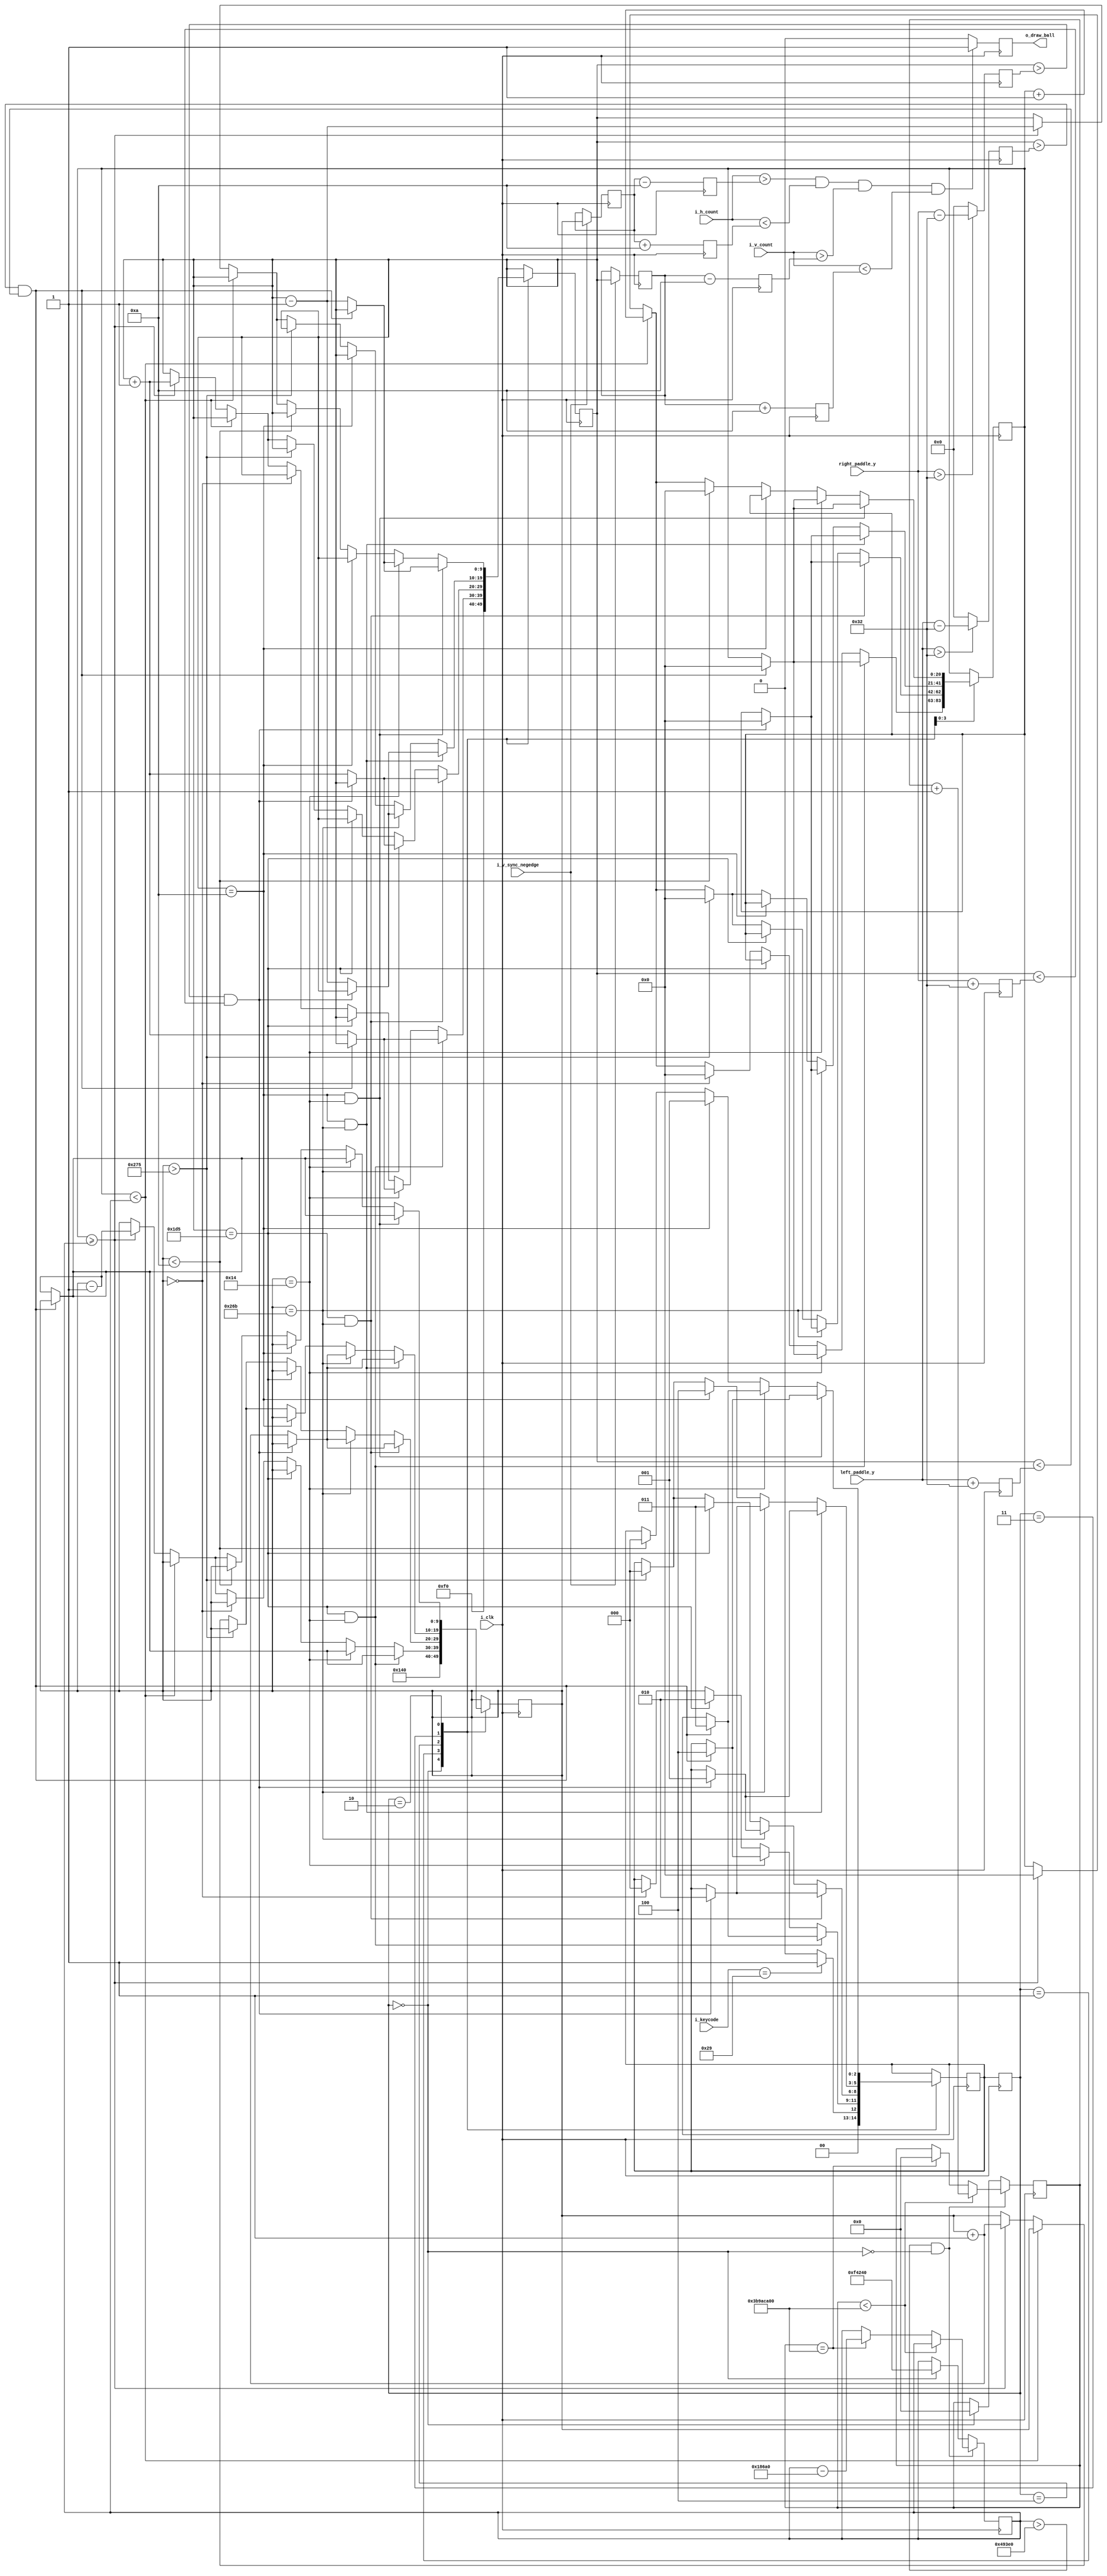
`timescale 1ns / 1ps
//////////////////////////////////////////////////////////////////////////////////
// Company: 
// Engineer: 
// 
// Design Name: 
// Module Name: generate_ball
// Project Name: 
// Target Devices: 
// Tool Versions: 
// Description: 
// 
// Dependencies: 
// 
// Revision:
// Revision 0.01 - File Created
// Additional Comments:
// 
//////////////////////////////////////////////////////////////////////////////////


module generate_ball (
	input i_clk,
	input [15:0] i_keycode,
	input i_v_sync_negedge,
	input [9:0] i_v_count,
	input [9:0] i_h_count,
	input [9:0] right_paddle_y,
	input [9:0] left_paddle_y,
	output reg o_draw_ball
);
	
	parameter BALL_RADIUS = 10;
	parameter NOT_MOVING = 3'b000;
	parameter DOWN_LEFT= 3'b001;
	parameter UP_LEFT = 3'b010;
	parameter UP_RIGHT = 3'b011;
	parameter DOWN_RIGHT = 3'b100;
	parameter START_MOVING = 8'h29;
	parameter X_START = 320;
	parameter Y_START = 240;
	parameter SCREEN_HEIGHT = 479;
	parameter SCREEN_WIDTH = 639;
	parameter BALL_SPEED = 1000000;
	parameter TOP_BOUND = BALL_RADIUS;
	parameter BOTTOM_BOUND = SCREEN_HEIGHT - BALL_RADIUS;
	parameter RIGHT_BOUND = SCREEN_WIDTH - BALL_RADIUS;
	parameter LEFT_BOUND = BALL_RADIUS;
	
	
	reg [2:0] r_current_state = NOT_MOVING, r_next_state = NOT_MOVING;	
	reg [20:0] r_movement_counter = 0;
	reg [9:0] r_intermediate_x = X_START, r_intermediate_y = Y_START, r_ball_x = X_START, r_ball_y = Y_START;
	reg [9:0] r_ball_top = Y_START - BALL_RADIUS, r_ball_bottom = Y_START + BALL_RADIUS, r_ball_left = X_START - BALL_RADIUS, r_ball_right = X_START + BALL_RADIUS;
	reg [9:0] right_paddle_top, right_paddle_bottom, left_paddle_bottom, left_paddle_top;
	reg [29:0] r_ball_speed_counter = 0;
	reg [20:0] r_ball_speed = BALL_SPEED;

	//next state logic
	always @(posedge i_clk)
	begin
		r_current_state <= r_next_state;
		if (right_paddle_y > 50)
		    right_paddle_top <= right_paddle_y - 50;
        else
            right_paddle_top <= 0;  
            
		if (left_paddle_y > 50)
		    left_paddle_top <= left_paddle_y - 50;
        else
            left_paddle_top <= 0;
            
        right_paddle_bottom <= right_paddle_y + 50;
		left_paddle_bottom <= left_paddle_y + 50;
	end
	
	
	always @(posedge i_clk)
	begin
	   if (r_ball_speed > 300000 && ~(r_current_state == NOT_MOVING))
	   begin
	       if (r_ball_speed_counter < 1000000000)
	           r_ball_speed_counter <= r_ball_speed_counter + 1;
	       else if (r_ball_speed_counter == 1000000000)
	       begin
	           r_ball_speed_counter <= 0;
	           r_ball_speed <= r_ball_speed - 100000;
	       end
	       else
	           r_ball_speed <= r_ball_speed;
       end
       else if (r_current_state == NOT_MOVING)
       begin
           r_ball_speed <= BALL_SPEED;
           r_ball_speed_counter <= 0;
       end
       else
        r_ball_speed <= r_ball_speed;
           
	        
	end

	//next state logic
	
	//Next step: finish the edge detection for state logic and define the rest of the states
	//write the output logic for draw ball. See generate paddle logic for example.

	always @(posedge i_clk)
	begin
		case(r_current_state)
		
		NOT_MOVING:
        begin
            r_intermediate_x <= X_START;
            r_intermediate_y <= Y_START;
            if (i_keycode == START_MOVING)
                r_next_state <= DOWN_LEFT;
            else
                r_next_state <= NOT_MOVING;
        end
		
		DOWN_LEFT:
		begin
			if (r_intermediate_y == BOTTOM_BOUND && r_intermediate_x == 20)
			begin
                if (r_intermediate_y > left_paddle_top && r_intermediate_y < left_paddle_bottom)
                begin
                    r_next_state <= UP_RIGHT;
                    r_movement_counter <= 0;
				end
                else
                begin
                    r_intermediate_x <= r_intermediate_x - 1;
                    r_intermediate_y <= r_intermediate_y + 1;
                end
            end
				
			else if (r_intermediate_x == 20)
			begin
			    if (r_intermediate_y > left_paddle_top && r_intermediate_y < left_paddle_bottom)
			    begin			
                    r_next_state <= DOWN_RIGHT;
                    r_movement_counter <= 0;
				end
                else
                begin
                    r_intermediate_x <= r_intermediate_x - 1;
                    r_intermediate_y <= r_intermediate_y + 1;
                end
            end
			else if (r_intermediate_y == BOTTOM_BOUND)
				r_next_state <= UP_LEFT;
            else if (r_intermediate_x == 0)
            begin
                r_next_state <= NOT_MOVING;
                r_movement_counter <= 0;
            end
			else
				begin
				if (r_movement_counter < r_ball_speed)
				    r_movement_counter <= r_movement_counter + 1;
					
				else if (r_movement_counter >= r_ball_speed)
				begin
					r_movement_counter <= 0;
					r_intermediate_x <= r_intermediate_x - 1;
					r_intermediate_y <= r_intermediate_y + 1;
				end
			end
		end
		
		DOWN_RIGHT:
		begin
			if (r_intermediate_y == BOTTOM_BOUND && r_intermediate_x == 619)
            begin
                if (r_intermediate_y > right_paddle_top && r_intermediate_y < right_paddle_bottom)
                begin
                    r_next_state <= UP_LEFT;
                    r_movement_counter <= 0;
                end
                else
                begin
                    r_intermediate_x <= r_intermediate_x + 1;
                    r_intermediate_y <= r_intermediate_y + 1;
                end
            end
			else if (r_intermediate_x == 619)
			begin
                if (r_intermediate_y > right_paddle_top && r_intermediate_y < right_paddle_bottom)
                begin
                    r_next_state <= DOWN_LEFT;
                    r_movement_counter <= 0;
                end
                else
                begin
                    r_intermediate_x <= r_intermediate_x + 1;
                    r_intermediate_y <= r_intermediate_y + 1;
                end
            end
			else if (r_intermediate_y == BOTTOM_BOUND)
				r_next_state <= UP_RIGHT;
				
            else if (r_intermediate_x > 629)
            begin
                r_next_state <= NOT_MOVING;
                r_movement_counter <= 0;
            end
			else
				begin
				if (r_movement_counter < r_ball_speed)
					r_movement_counter <= r_movement_counter + 1;
					
				else if (r_movement_counter >= r_ball_speed)
				begin
					r_movement_counter <= 0;
					r_intermediate_x <= r_intermediate_x + 1;
					r_intermediate_y <= r_intermediate_y + 1;
				end
			end
		end
		
		UP_RIGHT:
		begin
			if (r_intermediate_y == TOP_BOUND && r_intermediate_x == 619)
            begin
                if (r_intermediate_y > right_paddle_top && r_intermediate_y < right_paddle_bottom)
                begin
                    r_next_state <= DOWN_LEFT;
                    r_movement_counter <= 0;
                end
                else
                begin
                    r_intermediate_x <= r_intermediate_x + 1;
                    r_intermediate_y <= r_intermediate_y - 1;
                end
            end
			else if (r_intermediate_x == 619)
			begin
                if (r_intermediate_y > right_paddle_top && r_intermediate_y < right_paddle_bottom)
                begin
                    r_next_state <= UP_LEFT;
                    r_movement_counter <= 0;
                end
                else
                begin
                    r_intermediate_x <= r_intermediate_x + 1;
                    r_intermediate_y <= r_intermediate_y - 1;
                end
            end
			else if (r_intermediate_y == TOP_BOUND)
				r_next_state <= DOWN_RIGHT;
            else if (r_intermediate_x > 629)
            begin
                r_next_state <= NOT_MOVING;
                r_movement_counter <= 0;
            end
			else
				begin
				if (r_movement_counter < r_ball_speed)
					r_movement_counter <= r_movement_counter + 1;
					
				else if (r_movement_counter >= r_ball_speed)
				begin
					r_movement_counter <= 0;
					r_intermediate_x <= r_intermediate_x + 1;
					r_intermediate_y <= r_intermediate_y - 1;
				end
			end
		end
		
		UP_LEFT:
		begin 
			if (r_intermediate_y == TOP_BOUND && r_intermediate_x == 20)
            begin
                if (r_intermediate_y > left_paddle_top && r_intermediate_y < left_paddle_bottom)
                begin
                r_next_state <= DOWN_RIGHT;
                r_movement_counter <= 0;
                end
                else
                begin
                    r_intermediate_x <= r_intermediate_x - 1;
                    r_intermediate_y <= r_intermediate_y - 1;
                end
            end
			else if (r_intermediate_x == 20)
            begin
                if (r_intermediate_y > left_paddle_top && r_intermediate_y < left_paddle_bottom)
                begin
                    r_next_state <= UP_RIGHT;
                    r_movement_counter <= 0;
                end
                else
                begin
                    r_intermediate_x <= r_intermediate_x - 1;
                    r_intermediate_y <= r_intermediate_y - 1;
                end
            end
			else if (r_intermediate_y == TOP_BOUND)
				r_next_state <= DOWN_LEFT;
            else if (r_intermediate_x < 10)
            begin
                r_next_state <= NOT_MOVING;
                r_movement_counter <= 0;
            end
			else
            begin
				if (r_movement_counter < r_ball_speed)
					r_movement_counter <= r_movement_counter + 1;
					
				else if (r_movement_counter >= r_ball_speed)
				begin
					r_movement_counter <= 0;
					r_intermediate_x <= r_intermediate_x - 1;
					r_intermediate_y <= r_intermediate_y - 1;
				end
			end
		end
		endcase
	end
	
	always @(posedge i_clk)
	begin
		r_ball_top <= r_ball_y - BALL_RADIUS;
		r_ball_bottom <= r_ball_y + BALL_RADIUS;
		r_ball_left <= r_ball_x - BALL_RADIUS;
		r_ball_right <= r_ball_x + BALL_RADIUS;
		
		if (i_v_sync_negedge)
		begin
			r_ball_x <= r_intermediate_x;
			r_ball_y <= r_intermediate_y;
		end
		
		if (i_h_count > r_ball_left && i_h_count < r_ball_right 
			&& i_v_count > r_ball_top && i_v_count < r_ball_bottom)
        begin
			o_draw_ball <= 1;
        end
		else
			o_draw_ball <= 0;		
	end
	
	
	
	
endmodule